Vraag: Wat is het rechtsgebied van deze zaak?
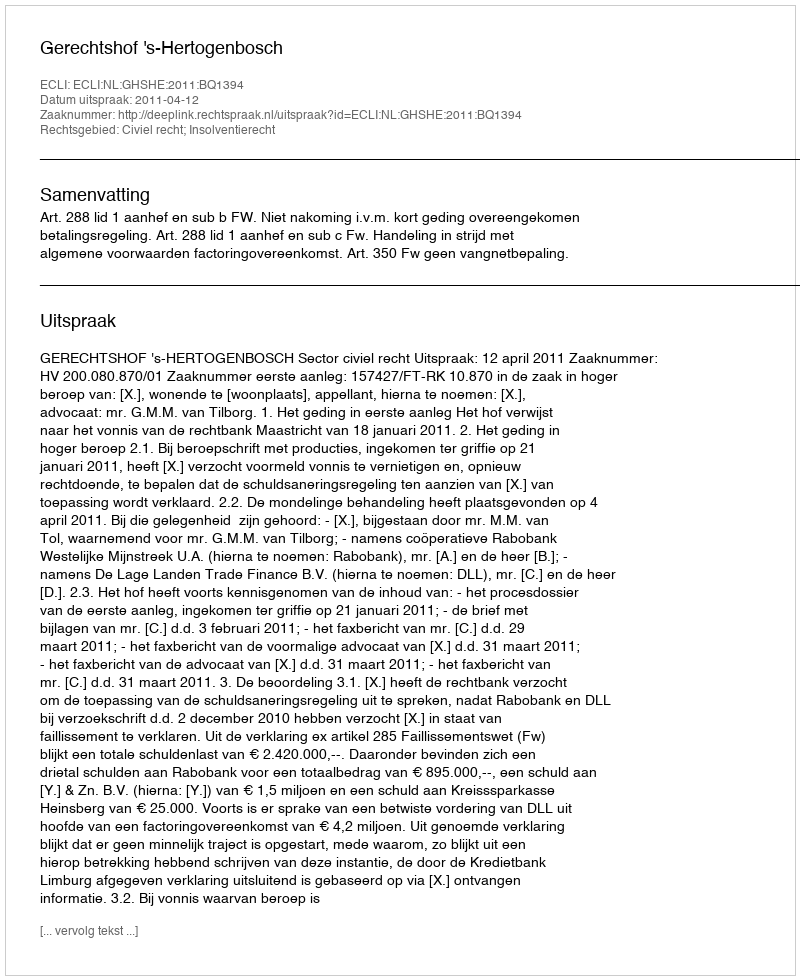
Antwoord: Civiel recht; Insolventierecht